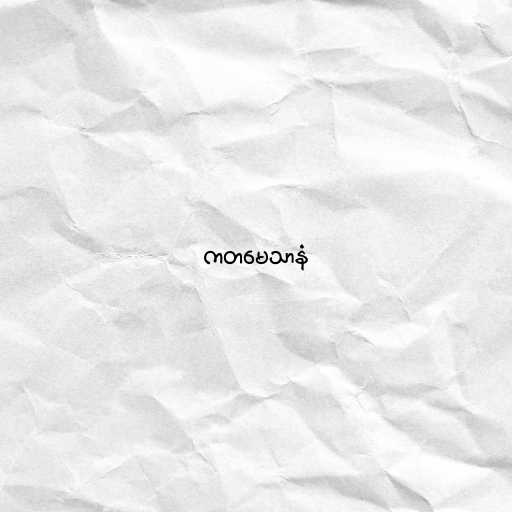
ကတမေသာနံ